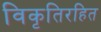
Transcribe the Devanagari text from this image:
विकृतिरहित